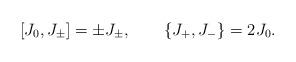
LaTeX: \begin{align*} [J_0,J_\pm]=\pm J_\pm, \qquad\{J_+,J_-\}=2J_0.\end{align*}